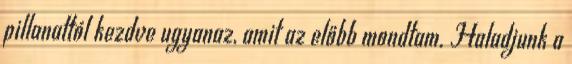
pillanattól kezdve ugyanaz, amit az előbb mondtam. Haladjunk a